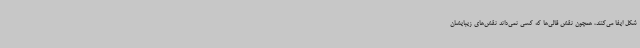
شکل ایفا می‌کنند، همچون نقش قالی‌ها که کسی نمی‌داند نقش‌های زیبایشان